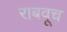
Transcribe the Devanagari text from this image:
राबवूच